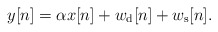
\begin{align*}y[n]=\alpha x[n]+w_{\rm d}[n]+w_{\rm s}[n].\end{align*}